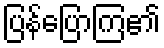
ပြန်ပြောကြ၏